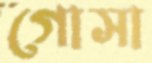
গোসা